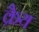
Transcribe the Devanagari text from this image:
क्रैय